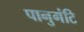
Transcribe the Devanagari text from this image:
पानुगंटि